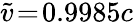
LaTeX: \widetilde{v}\! =\! 0.9985c